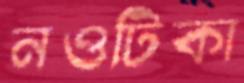
নওটিকা